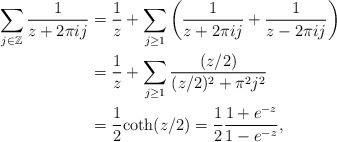
LaTeX: \begin{align*}\sum_{j \in \mathbb{Z}} \frac{1}{z+ 2 \pi i j } &= \frac{1}{z} + \sum_{ j \geq 1} \left( \frac{1}{z+ 2 \pi i j } + \frac{1}{z-2\pi i j } \right)\\&= \frac{1}{z} + \sum_{ j \geq 1} \frac{ (z/2) }{ (z/2)^2 + \pi^2 j^2 }\\&= \frac{1}{2} \mathrm{coth}( z/2) = \frac{1}{2} \frac{ 1 + e^{ - z}}{ 1 - e^{ - z}},\end{align*}